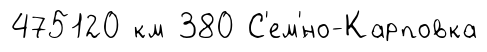
475120 км 380 С'ем'́но-Карповка